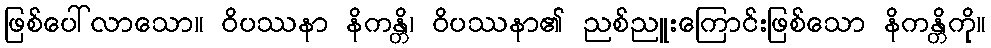
ဖြစ်ပေါ်လာသော။ ဝိပဿနာ နိကန္တိ၊ ဝိပဿနာ၏ ညစ်ညူးကြောင်းဖြစ်သော နိကန္တိကို။